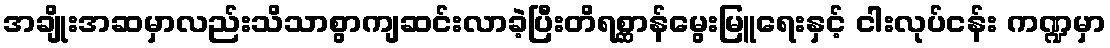
အချိုးအဆမှာလည်းသိသာစွာကျဆင်းလာခဲ့ပြီးတိရစ္ဆာန်မွေးမြူရေးနှင့် ငါးလုပ်ငန်း ကဏ္ဍမှာ